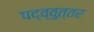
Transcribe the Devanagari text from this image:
पद्व्वुत्तर